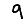
Digit: 9